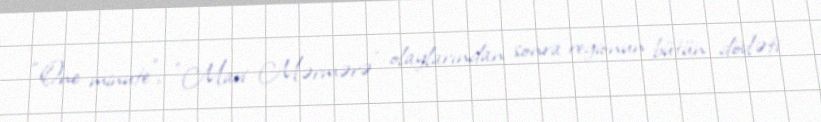
“One minute”, “Mavi Mərmərə” olaylarından sonra regionun bütün dövləti